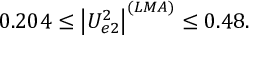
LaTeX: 0 . 2 0 4 \leq \left| U _ { e 2 } ^ { 2 } \right| ^ { ( L M A ) } \leq 0 . 4 8 .